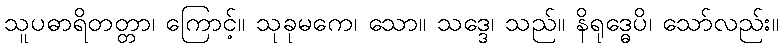
သူပဓာရိတတ္တာ၊ ကြောင့်။ သုခုမကေ၊ သော။ သဒ္ဒေ၊ သည်။ နိရုဒ္ဓေပိ၊ သော်လည်း။